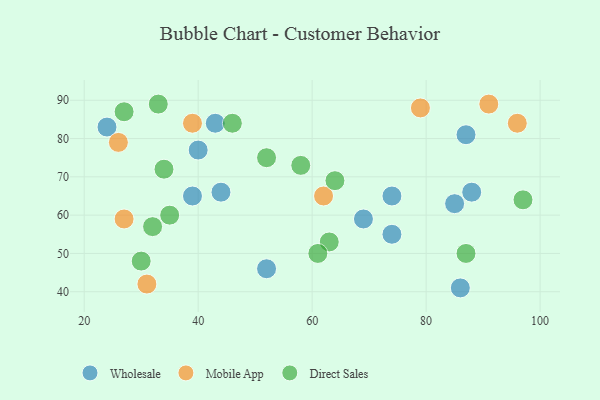
{"axis": {"x": "GDP", "y": "Life Expectancy"}, "legend": ["Direct Sales", "Mobile App", "Wholesale"], "data": [{"x": "85", "y": 63, "type": "Wholesale"}, {"x": "43", "y": 84, "type": "Wholesale"}, {"x": "74", "y": 65, "type": "Wholesale"}, {"x": "86", "y": 41, "type": "Wholesale"}, {"x": "52", "y": 46, "type": "Wholesale"}, {"x": "74", "y": 55, "type": "Wholesale"}, {"x": "44", "y": 66, "type": "Wholesale"}, {"x": "24", "y": 83, "type": "Wholesale"}, {"x": "88", "y": 66, "type": "Wholesale"}, {"x": "87", "y": 81, "type": "Wholesale"}, {"x": "40", "y": 77, "type": "Wholesale"}, {"x": "69", "y": 59, "type": "Wholesale"}, {"x": "39", "y": 65, "type": "Wholesale"}, {"x": "91", "y": 89, "type": "Mobile App"}, {"x": "62", "y": 65, "type": "Mobile App"}, {"x": "39", "y": 84, "type": "Mobile App"}, {"x": "79", "y": 88, "type": "Mobile App"}, {"x": "27", "y": 59, "type": "Mobile App"}, {"x": "26", "y": 79, "type": "Mobile App"}, {"x": "96", "y": 84, "type": "Mobile App"}, {"x": "31", "y": 42, "type": "Mobile App"}, {"x": "27", "y": 87, "type": "Direct Sales"}, {"x": "30", "y": 48, "type": "Direct Sales"}, {"x": "34", "y": 72, "type": "Direct Sales"}, {"x": "64", "y": 69, "type": "Direct Sales"}, {"x": "52", "y": 75, "type": "Direct Sales"}, {"x": "46", "y": 84, "type": "Direct Sales"}, {"x": "63", "y": 53, "type": "Direct Sales"}, {"x": "58", "y": 73, "type": "Direct Sales"}, {"x": "61", "y": 50, "type": "Direct Sales"}, {"x": "33", "y": 89, "type": "Direct Sales"}, {"x": "97", "y": 64, "type": "Direct Sales"}, {"x": "87", "y": 50, "type": "Direct Sales"}, {"x": "35", "y": 60, "type": "Direct Sales"}, {"x": "32", "y": 57, "type": "Direct Sales"}]}